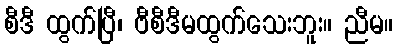
စီဒီ ထွက်ပြီ၊ ဗီစီဒီမထွက်သေးဘူး။ ညီမ။